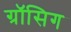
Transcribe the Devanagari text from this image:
ग्रॉसिग